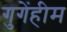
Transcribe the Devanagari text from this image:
गुगेंहीम